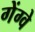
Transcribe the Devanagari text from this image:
गेंग्वे